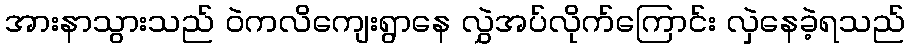
အားနာသွားသည် ဝဲကလိကျေးရွာနေ လွှဲအပ်လိုက်ကြောင်း လှဲနေခဲ့ရသည်